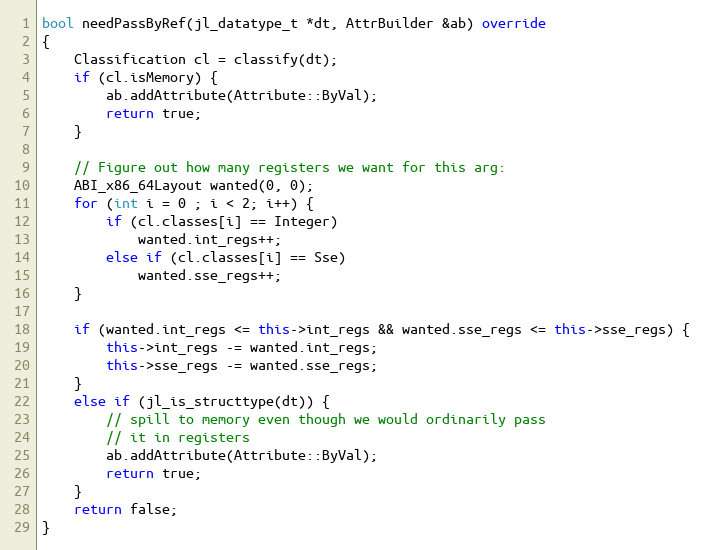
Language: C++
bool needPassByRef(jl_datatype_t *dt, AttrBuilder &ab) override
{
    Classification cl = classify(dt);
    if (cl.isMemory) {
        ab.addAttribute(Attribute::ByVal);
        return true;
    }

    // Figure out how many registers we want for this arg:
    ABI_x86_64Layout wanted(0, 0);
    for (int i = 0 ; i < 2; i++) {
        if (cl.classes[i] == Integer)
            wanted.int_regs++;
        else if (cl.classes[i] == Sse)
            wanted.sse_regs++;
    }

    if (wanted.int_regs <= this->int_regs && wanted.sse_regs <= this->sse_regs) {
        this->int_regs -= wanted.int_regs;
        this->sse_regs -= wanted.sse_regs;
    }
    else if (jl_is_structtype(dt)) {
        // spill to memory even though we would ordinarily pass
        // it in registers
        ab.addAttribute(Attribute::ByVal);
        return true;
    }
    return false;
}